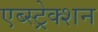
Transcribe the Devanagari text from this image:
एब्स्ट्रेक्शन